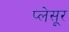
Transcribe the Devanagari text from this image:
प्लेसूर